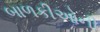
બાળકીઓની